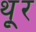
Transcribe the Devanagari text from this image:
थू्र